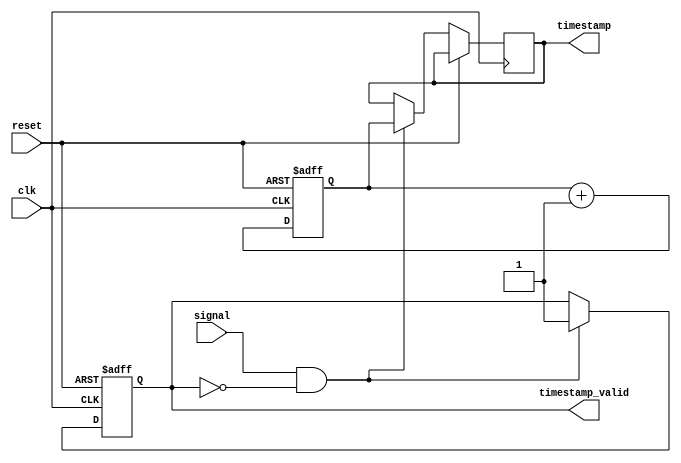
module timing_control_and_sync (
    input clk,
    input reset,
    input signal,
    output reg timestamp_valid,
    output reg [31:0] timestamp
);

reg [31:0] counter;

always @(posedge clk or posedge reset) begin
    if (reset) begin
        counter <= 0;
        timestamp_valid <= 0;
    end else begin
        counter <= counter + 1;
        
        if (signal && !timestamp_valid) begin
            timestamp <= counter;
            timestamp_valid <= 1;
        end
    end
end

endmodule